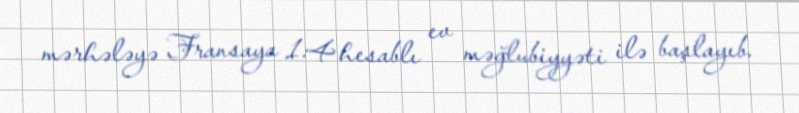
mərhələyə Fransaya 1:4 hesablı ev məğlubiyyəti ilə başlayıb.